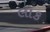
લાક